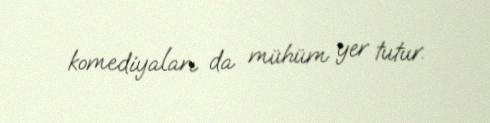
komediyaları da mühüm yer tutur.